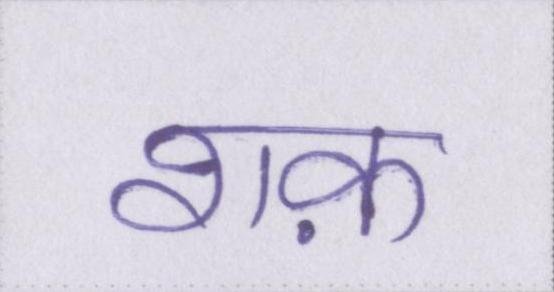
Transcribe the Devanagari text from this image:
शक़